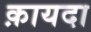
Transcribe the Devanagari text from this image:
क़ायदा